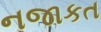
નજાકત